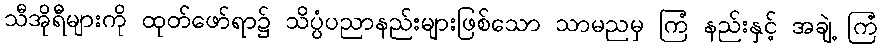
သီအိုရီများကို ထုတ်ဖော်ရာ၌ သိပ္ပံပညာနည်းများဖြစ်သော သာမညမှ ကြံ နည်းနှင့် အချဲ့ ကြံ